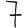
Digit: 7